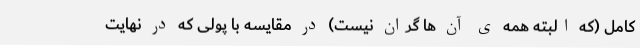
کامل (که البته همه ی آن ها گران نیست) در مقایسه با پولی که در نهایت